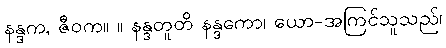
နန္ဒက, ဇီဝက။ ။ နန္ဒတူတိ နန္ဒကော၊ ယော-အကြင်သူသည်၊